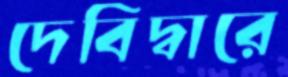
দেবিদ্বারে